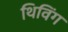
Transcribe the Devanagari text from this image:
थिविंग